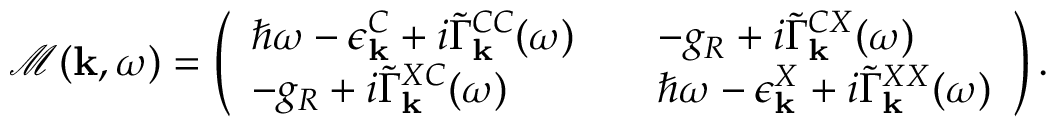
\begin{array} { r } { \mathcal { M } ( { \bf k } , \omega ) = \left( \begin{array} { l l l } { \hbar \omega - \epsilon _ { \bf k } ^ { C } + i \tilde { \Gamma } _ { \bf k } ^ { C C } ( \omega ) } & & { - g _ { R } + i \tilde { \Gamma } _ { \bf k } ^ { C X } ( \omega ) } \\ { - g _ { R } + i \tilde { \Gamma } _ { \bf k } ^ { X C } ( \omega ) } & & { \hbar \omega - \epsilon _ { \bf k } ^ { X } + i \tilde { \Gamma } _ { \bf k } ^ { X X } ( \omega ) } \end{array} \right) . } \end{array}